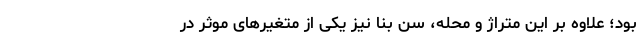
بود؛ علاوه بر این متراژ و محله، سن بنا نیز یکی از متغیرهای موثر در